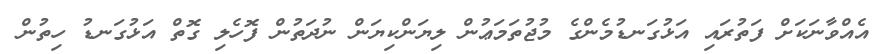
އެއްވާނަކަށް ފަތުރައި އަޅުގަނޑުމެންގެ މުޖުތަމަޢުން ލިޔަންކިޔަން ނުދަތުން ފޮހެލި ގޮތް އަޅުގަނޑު ހިތުން